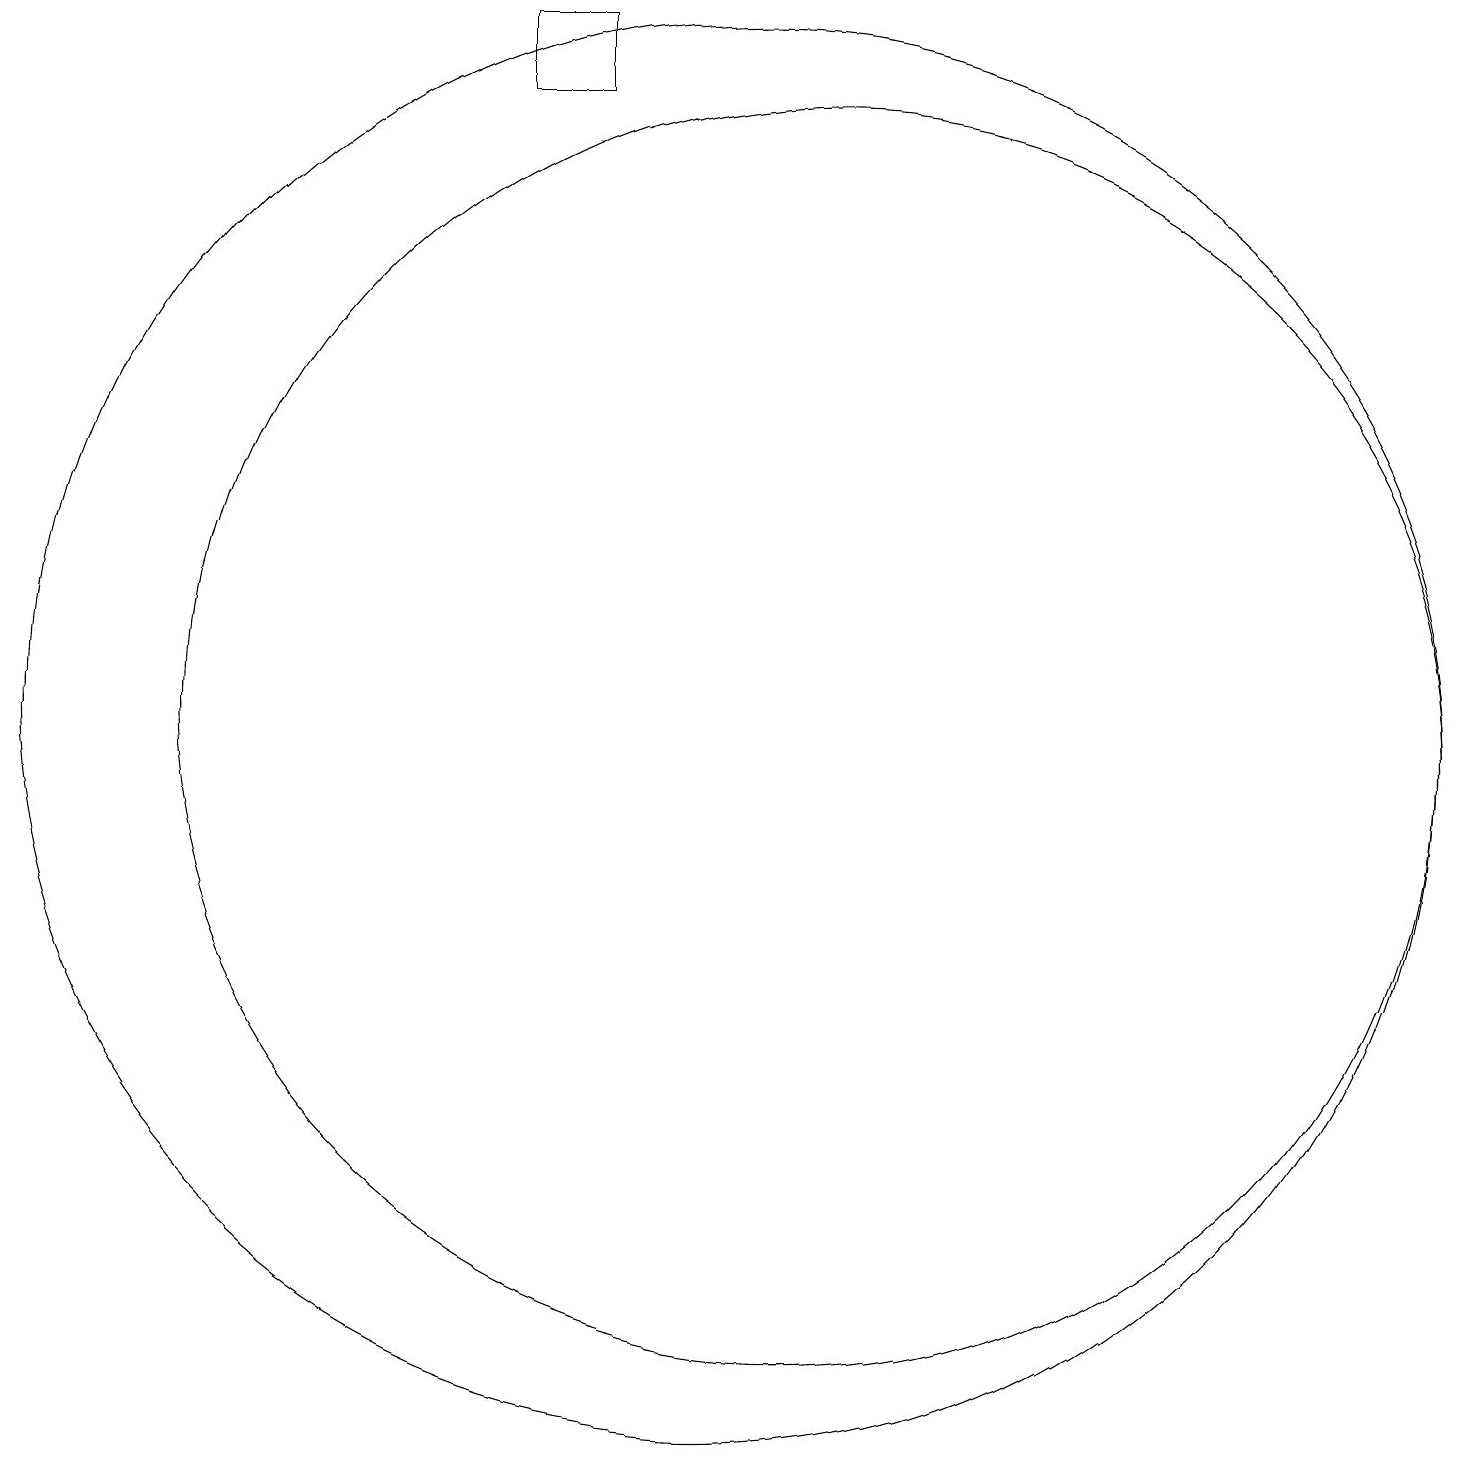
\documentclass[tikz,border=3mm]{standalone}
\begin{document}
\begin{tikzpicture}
\draw (8,19) rectangle (7,18);
\draw (10,10) circle (9);
\draw (11,10) circle (8);
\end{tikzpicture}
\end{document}